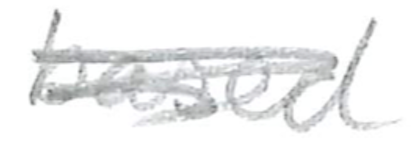
Text: based
Cross-out: scratch
Writing tool: pencil